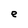
Character: e